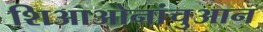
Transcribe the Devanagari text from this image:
शिआओनांचुआन